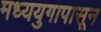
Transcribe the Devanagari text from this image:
मध्ययुगापासून